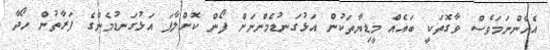
އެހެންނަމަވެސް ވާގޮތަކީ ބައެއް މީޑިޔާތަކުން އަޅުގަނޑުމެންނަށް ފޯން ކޮށްލާފަ އަޅުގަނޑުމެންގެ ފަރާތުން ހޯދާ